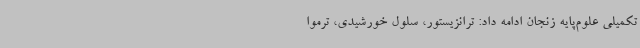
تکمیلی علوم‌پایه زنجان ادامه داد: ترانزیستور، سلول خورشیدی، ترموا